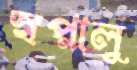
স্বপ্নালু